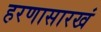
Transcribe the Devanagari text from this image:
हरणासारखं